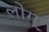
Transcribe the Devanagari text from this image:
लोग्